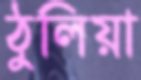
ঠুলিয়া